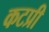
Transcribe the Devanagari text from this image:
कटप्री